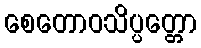
စေတောဝသိပ္ပတ္တော